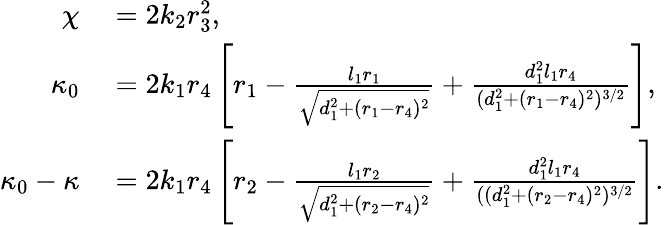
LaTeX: \begin{array}{rl}{\chi}&{{}=2k_{2}r_{3}^{2},}\\ {\kappa_{0}}&{{}=2k_{1}r_{4}\left[r_{1}-\frac{l_{1}r_{1}}{\sqrt{d_{1}^{2}+(r_{1}-r_{4})^{2}}}+\frac{d_{1}^{2}l_{1}r_{4}}{(d_{1}^{2}+(r_{1}-r_{4})^{2})^{3/2}}\right],}\\ {\kappa_{0}-\kappa}&{{}=2k_{1}r_{4}\left[r_{2}-\frac{l_{1}r_{2}}{\sqrt{d_{1}^{2}+(r_{2}-r_{4})^{2}}}+\frac{d_{1}^{2}l_{1}r_{4}}{((d_{1}^{2}+(r_{2}-r_{4})^{2})^{3/2}}\right].}\end{array}